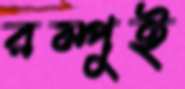
রম্পুই